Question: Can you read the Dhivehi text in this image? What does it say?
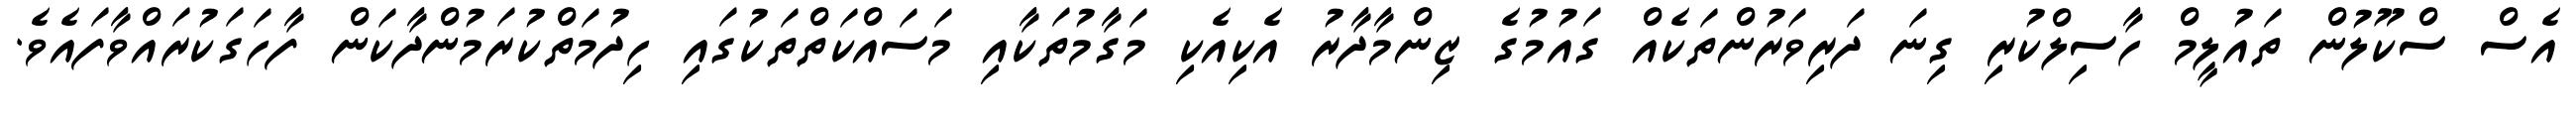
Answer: އެސް ސްކޫލުން ތައުލީމް ހާސިލްކުރި ގިނަ ދަރިވަރުންތަކެއް ގައުމުގެ ޒިންމާދާރު އެކިއެކި މަގާމުތަކާއި މަސައްކަތްތަކުގައި ހިދުމަތްކުރަމުންދާކަން ފާހަގަކުރައްވާފައެވެ.